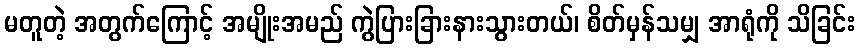
မတူတဲ့ အတွက်ကြောင့် အမျိုးအမည် ကွဲပြားခြားနားသွားတယ်၊ စိတ်မှန်သမျှ အာရုံကို သိခြင်း